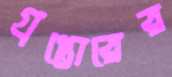
গ্রপ্তোরের